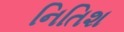
નિતિશ